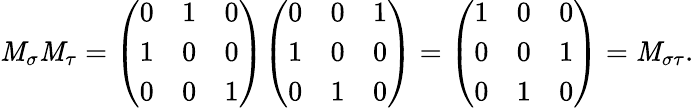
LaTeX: \mathit{M}_{\sigma}\mathit{M}_{\tau}={\left(\begin{array}{lll}{0}&{1}&{0}\\ {1}&{0}&{0}\\ {0}&{0}&{1}\end{array}\right)}{\left(\begin{array}{lll}{0}&{0}&{1}\\ {1}&{0}&{0}\\ {0}&{1}&{0}\end{array}\right)}={\left(\begin{array}{lll}{1}&{0}&{0}\\ {0}&{0}&{1}\\ {0}&{1}&{0}\end{array}\right)}=\mathit{M}_{\sigma\tau}.